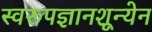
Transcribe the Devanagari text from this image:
स्वरूपज्ञानशून्येन